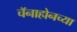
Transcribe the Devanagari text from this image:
चॅनाहोनच्या